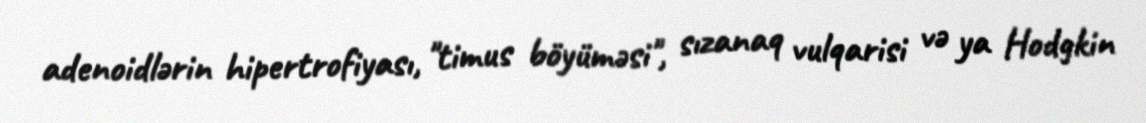
adenoidlərin hipertrofiyası, "timus böyüməsi", sızanaq vulqarisi və ya Hodgkin